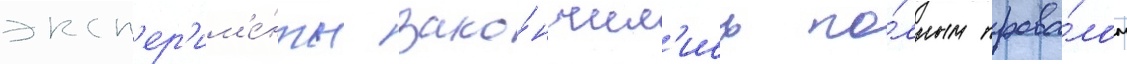
эксп'ер'им'е́нты зако́нчил'ись по́лным прова́лом